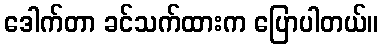
ဒေါက်တာ ခင်သက်ထားက ပြောပါတယ်။